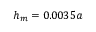
h _ { m } = 0 . 0 0 3 5 a